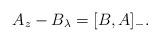
LaTeX: \begin{align*} A_{z}-B_{\lambda}= [B,A]_{-}.\end{align*}